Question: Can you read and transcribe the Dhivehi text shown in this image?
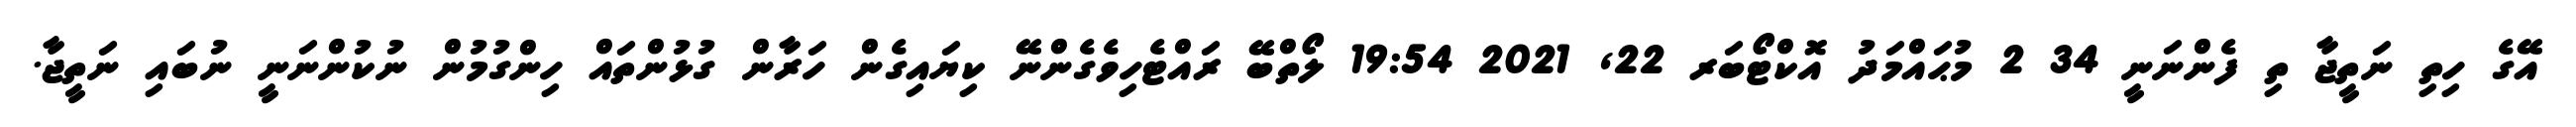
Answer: އޭގެ ހިތި ނަތީޖާ ތި ފެންނަނީ 34 2 މުޙައްމަދު އޮކްޓޯބަރ 22, 2021 19:54 ލޯތްބޭ ރައްޓެހިވެގެންނޭ ކިޔައިގެން ހަރާން ގުޅުންތައް ހިންގުމުން ނުކުންނަނީ ނުބައި ނަތީޖާ.